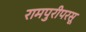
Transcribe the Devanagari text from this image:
रामपुरीपरसू